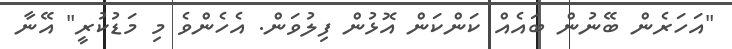
"އަހަރެން ބޭނުން ބައެއް ކަންކަން އޮޅުން ފިލުވަން. އެހެންވެ މި މަޑުކުރީ" އޭނާ